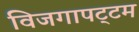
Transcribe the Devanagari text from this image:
विजगापट्‌टम